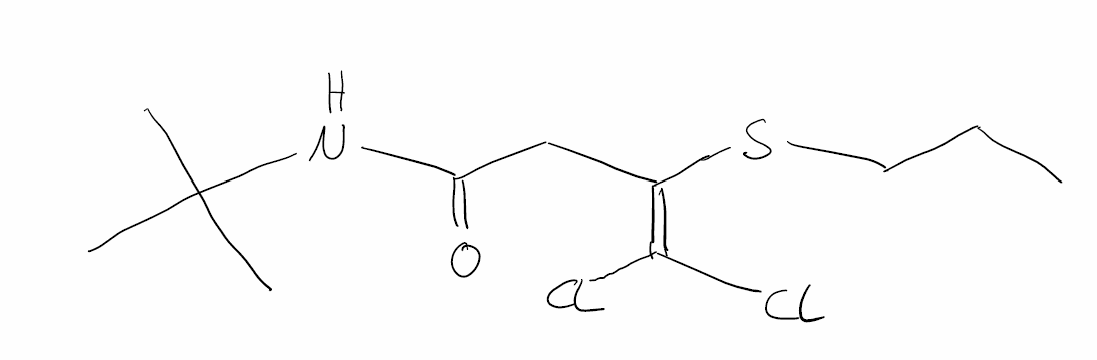
Simplified molecular-input line-entry system (SMILES) notation of the given molecule:
CCCSC(=C(Cl)Cl)CC(=O)NC(C)(C)C